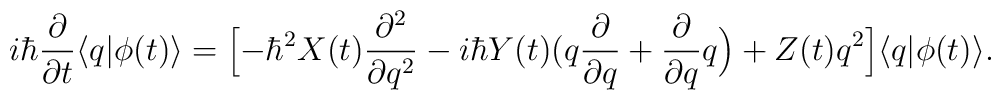
i\hbar \frac{\partial}{\partial t}\bigl<q|\phi(t)\bigr>=\Bigl[-\hbar^{2}X(t)\frac{\partial ^{2}}{\partial q^{2}}-i\hbar Y(t)\bigl(q\frac{\partial}{\partial q}+\frac{\partial}{\partial q}q\Bigr)+Z(t)q^{2}\Bigr]\bigl<q|\phi(t)\bigr>.